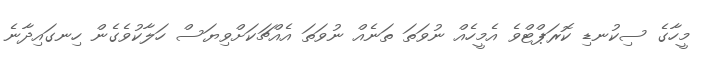
މީހާގެ ސިކުނޑި ކޮރަޕްޓްވެ އެމީހެއް ނުވަތަ ތަނެއް ނުވަތަ އެއްޗަކަށްވިޔަސް ހަލާކުވެގެން ހިނގައިދާނެ